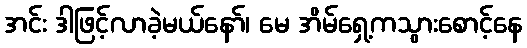
အင်း ဒါဖြင့်လာခဲ့မယ်နော်၊ မေ အိမ်ရှေ့ကသွားစောင့်နေ